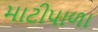
માટીપાળા